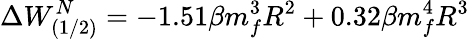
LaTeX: \Delta W_{(1/2)}^{N}=-1.51\beta m_{f}^{3}R^{2}+0.32\beta m_{f}^{4}R^{3}